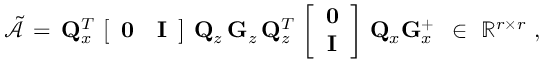
\tilde { \mathcal { A } } \, = \, { \bf Q } _ { x } ^ { T } \, \left[ \begin{array} { c c } { { \bf 0 } } & { { \bf I } } \end{array} \right] \, { \bf Q } _ { z } \, { \bf G } _ { z } \, { \bf Q } _ { z } ^ { T } \, \left[ \begin{array} { c } { { \bf 0 } } \\ { { \bf I } } \end{array} \right] \, { \bf Q } _ { x } { \bf G } _ { x } ^ { + } \, \, \, \in \, \, \mathbb { R } ^ { r \times r } \mathrm { ~ , }